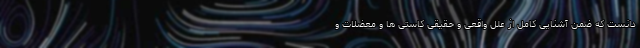
دانست که ضمن آشنایی کامل از علل واقعی و حقیقی کاستی ها و معضلات و